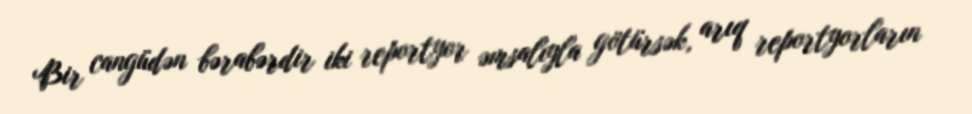
Bir cangüdən bərabərdir iki reportyor əmsalıyla götürsək, arıq reportyorların